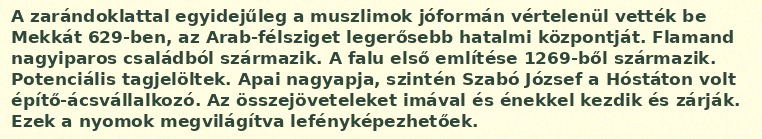
A zarándoklattal egyidejűleg a muszlimok jóformán vértelenül vették be Mekkát 629-ben, az Arab-félsziget legerősebb hatalmi központját. Flamand nagyiparos családból származik. A falu első említése 1269-ből származik. Potenciális tagjelöltek. Apai nagyapja, szintén Szabó József a Hóstáton volt építő-ácsvállalkozó. Az összejöveteleket imával és énekkel kezdik és zárják. Ezek a nyomok megvilágítva lefényképezhetőek.